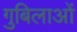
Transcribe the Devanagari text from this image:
गुबिलाओं